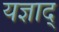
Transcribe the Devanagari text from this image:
यज्ञाद्‌